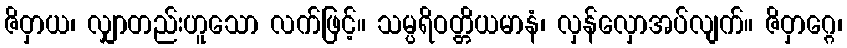
ဇိဝှာယ၊ လျှာတည်းဟူသော လက်ဖြင့်။ သမ္ပရိဝတ္တိယမာနံ၊ လှန်လှောအပ်လျက်။ ဇိဝှာဂ္ဂေ၊